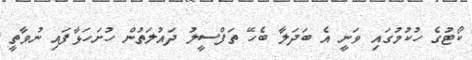
ކޯޓުގެ ހުކުމުގައި ވަނީ އެ ބަދަލާ ބެހޭ ތަފްސީލު ދައުލަތުން ހުށަހަޅާފައި ނުވާތީ